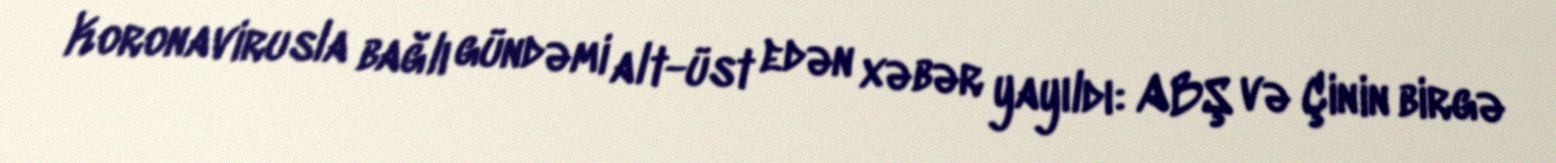
Koronavirusla bağlı gündəmi alt-üst edən xəbər yayıldı: ABŞ və Çinin birgə